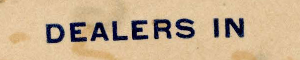
DEALERS IN